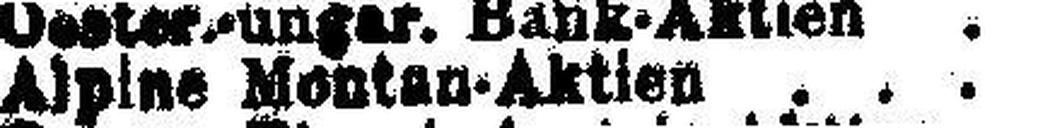
Alpine Montan-Aktien